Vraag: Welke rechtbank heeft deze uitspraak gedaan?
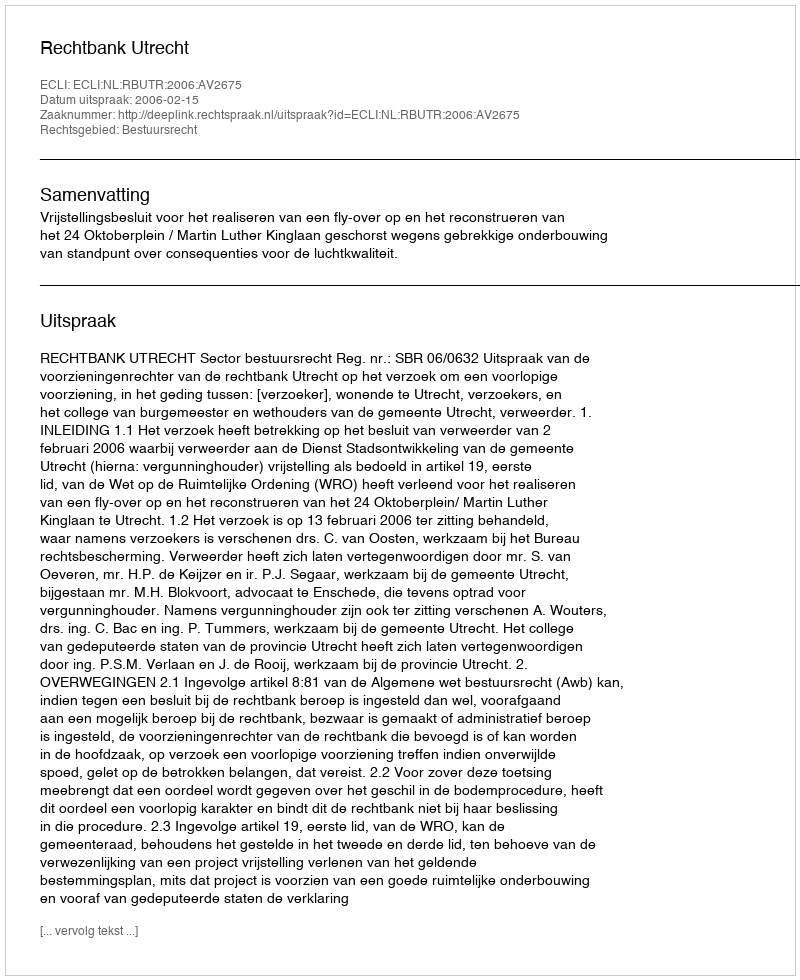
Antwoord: Rechtbank Utrecht